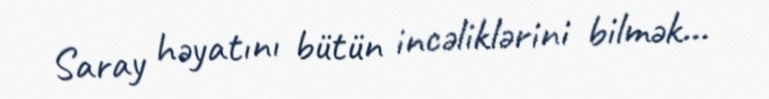
Saray həyatını bütün incəliklərini bilmək...